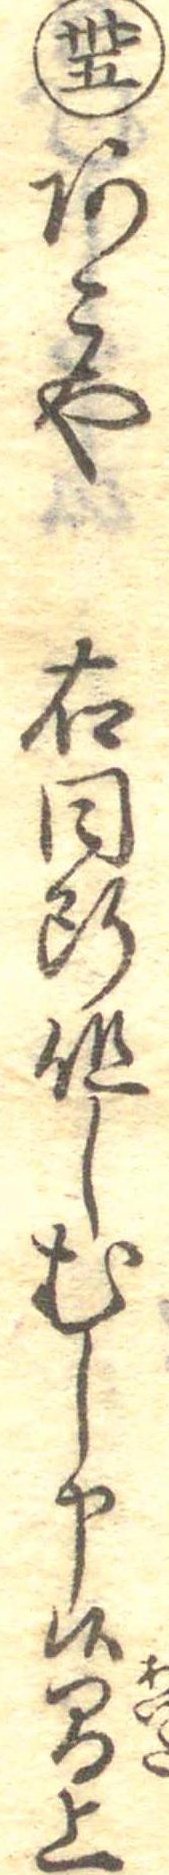
卅五あこや右同断但しむし申候間上